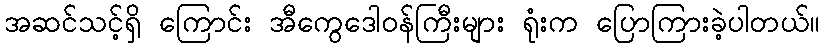
အဆင်သင့်ရှိ ကြောင်း အီကွေဒေါဝန်ကြီးများ ရုံးက ပြောကြားခဲ့ပါတယ်။